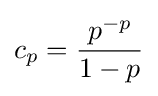
c_{p}={\frac {p^{-p}}{1-p}}